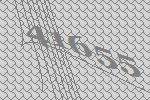
41655